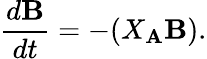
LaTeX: {\frac{d{\mathbf B}}{dt}}=-(X_{\mathbf A}{\mathbf B}).